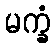
မက္ခံ